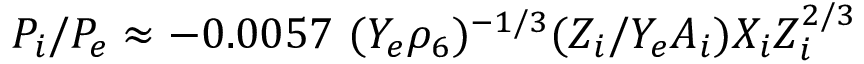
P _ { i } / P _ { e } \approx - 0 . 0 0 5 7 \ ( Y _ { e } \rho _ { 6 } ) ^ { - 1 / 3 } ( { Z _ { i } / Y _ { e } A _ { i } } ) X _ { i } Z _ { i } ^ { 2 / 3 }